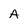
Character: A